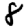
Digit: 8